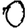
Digit: 0